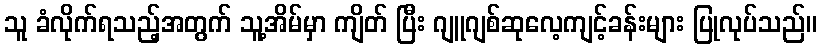
သူ ခံလိုက်ရသည့်အတွက် သူ့အိမ်မှာ ကျိတ် ပြီး ဂျူဂျစ်ဆုလေ့ကျင့်ခန်းများ ပြုလုပ်သည်။